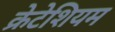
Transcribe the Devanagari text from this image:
क्रेटेशियम